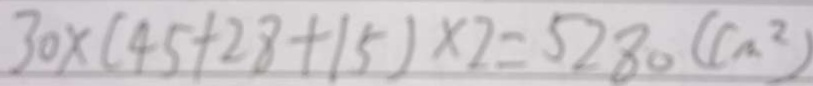
3 0 \times ( 4 5 + 2 8 + 1 5 ) \times 2 = 5 2 8 0 ( c m ^ { 2 } )